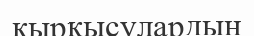
қырқысулардың